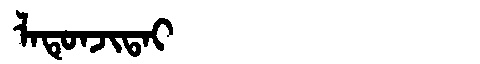
Manchu: ᠯᠠᡨᡠᠨᠵᡳᡨᠠᡳ
Romanization: LATUNJITAI